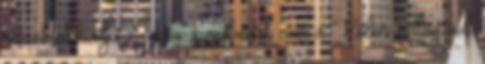
részeként kiadja. Jack Londonnak nem a Kóbor csillag volt